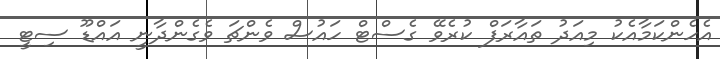
އެހެންކަމާއެކު މިއަދު ތައާރަފް ކުރެވޭ ގެސްޓް ހައުސް ވެންޗަ ވެގެންދާނީ އައްޑޫ ސިޓީ